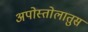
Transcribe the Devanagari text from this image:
अपोस्तोलातुस